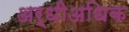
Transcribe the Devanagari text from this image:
अर्धीअधिक